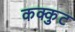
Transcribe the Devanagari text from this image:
कक्कुट